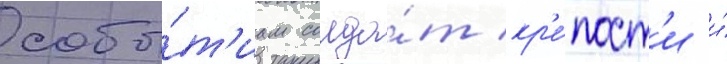
собы́т'иам солда́т кр'е́пост'и и́